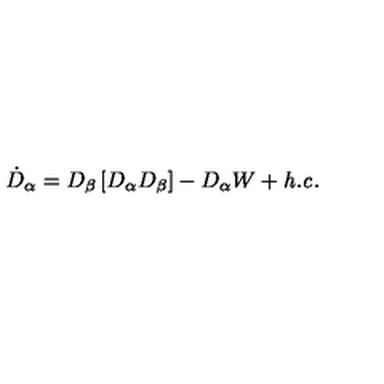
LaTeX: \dot { D } _ { \alpha } = D _ { \beta } \left[ D _ { \alpha } D _ { \beta } \right] - D _ { \alpha } W + { \it h . c . }